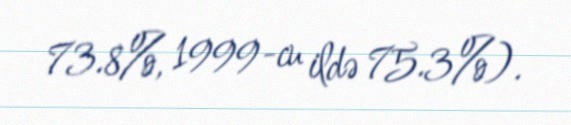
73.8%, 1999-cu ildə 75.3%).